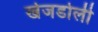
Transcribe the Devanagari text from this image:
खेजडोली